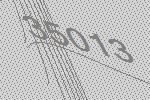
35013